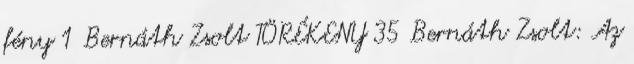
fény 1 Bernáth Zsolt TÖRÉKENY 35 Bernáth Zsolt: Az